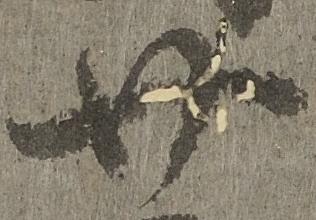
廿